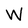
Character: W